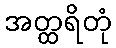
အတ္ထရိတုံ